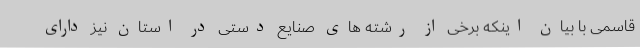
قاسمی با بیان اینکه برخی از رشته های صنایع دستی در استان نیز دارای